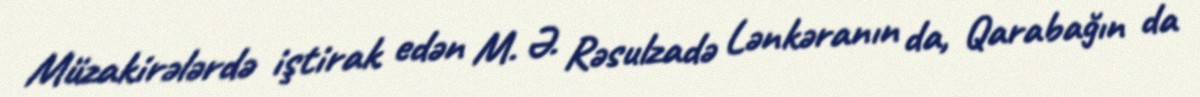
Müzakirələrdə iştirak edən M. Ə. Rəsulzadə Lənkəranın da, Qarabağın da